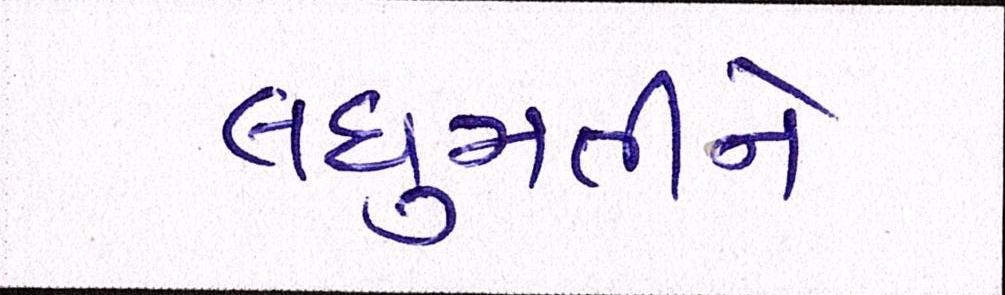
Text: લઘુમતીને